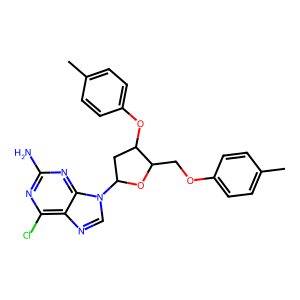
SMILES: Cc1ccc(OCC2OC(n3cnc4c(Cl)nc(N)nc43)CC2Oc2ccc(C)cc2)cc1
Inhibits HIV replication: No